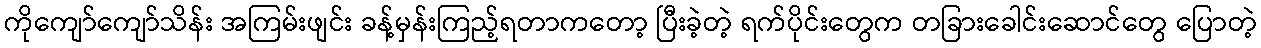
ကိုကျော်ကျော်သိန်း အကြမ်းဖျင်း ခန့်မှန်းကြည့်ရတာကတော့ ပြီးခဲ့တဲ့ ရက်ပိုင်းတွေက တခြားခေါင်းဆောင်တွေ ပြောတဲ့